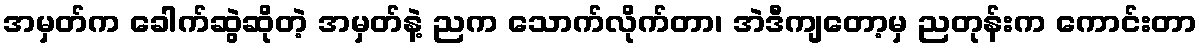
အမှတ်က ခေါက်ဆွဲဆိုတဲ့ အမှတ်နဲ့ ညက သောက်လိုက်တာ၊ အဲဒီကျတော့မှ ညတုန်းက ကောင်းတာ